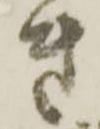
き